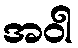
အဝါ